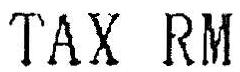
TAX RM